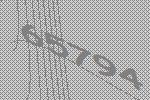
65794